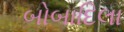
બોબાદિલા